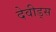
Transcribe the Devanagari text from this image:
देवीड्स